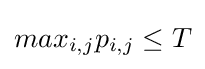
max_{i,j}p_{i,j}\leq T